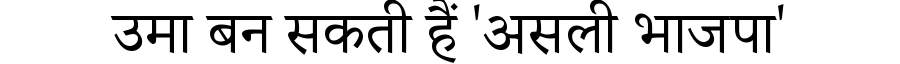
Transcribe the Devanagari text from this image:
उमा बन सकती हैं 'असली भाजपा'